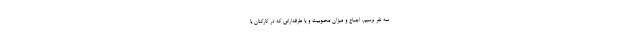
سه نفر برسیم. اجماع و میزان محبوبیت و یا طرفدارانی که در کارکنان یا